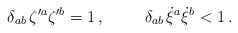
\begin{align*}\delta_{ab}\,\zeta{^{\prime a}} \zeta{^{\prime b}} =1\, ,\hskip 1cm \delta_{ab}\, \dot \xi{^a} \dot \xi{^b} < 1 \, .\end{align*}